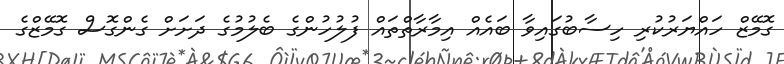
ގޮމޭޒް ހައްޔަރުކުރި ހިސާބުގައިވާ ބައެއް އިމާރާތްތައް ފުލުހުންގެ ބެލުމުގެ ދަށަށް ގެންގޮސް ގޮމޭޒްގެ